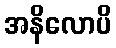
အနိလောပိ